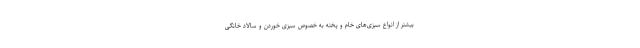
بیشتر از انواع سبزی‌های خام و پخته به خصوص سبزی خوردن و سالاد خانگی